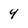
Character: 4